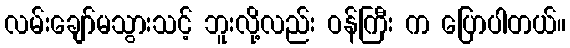
လမ်းချော်မသွားသင့် ဘူးလို့လည်း ဝန်ကြီး က ပြောပါတယ်။